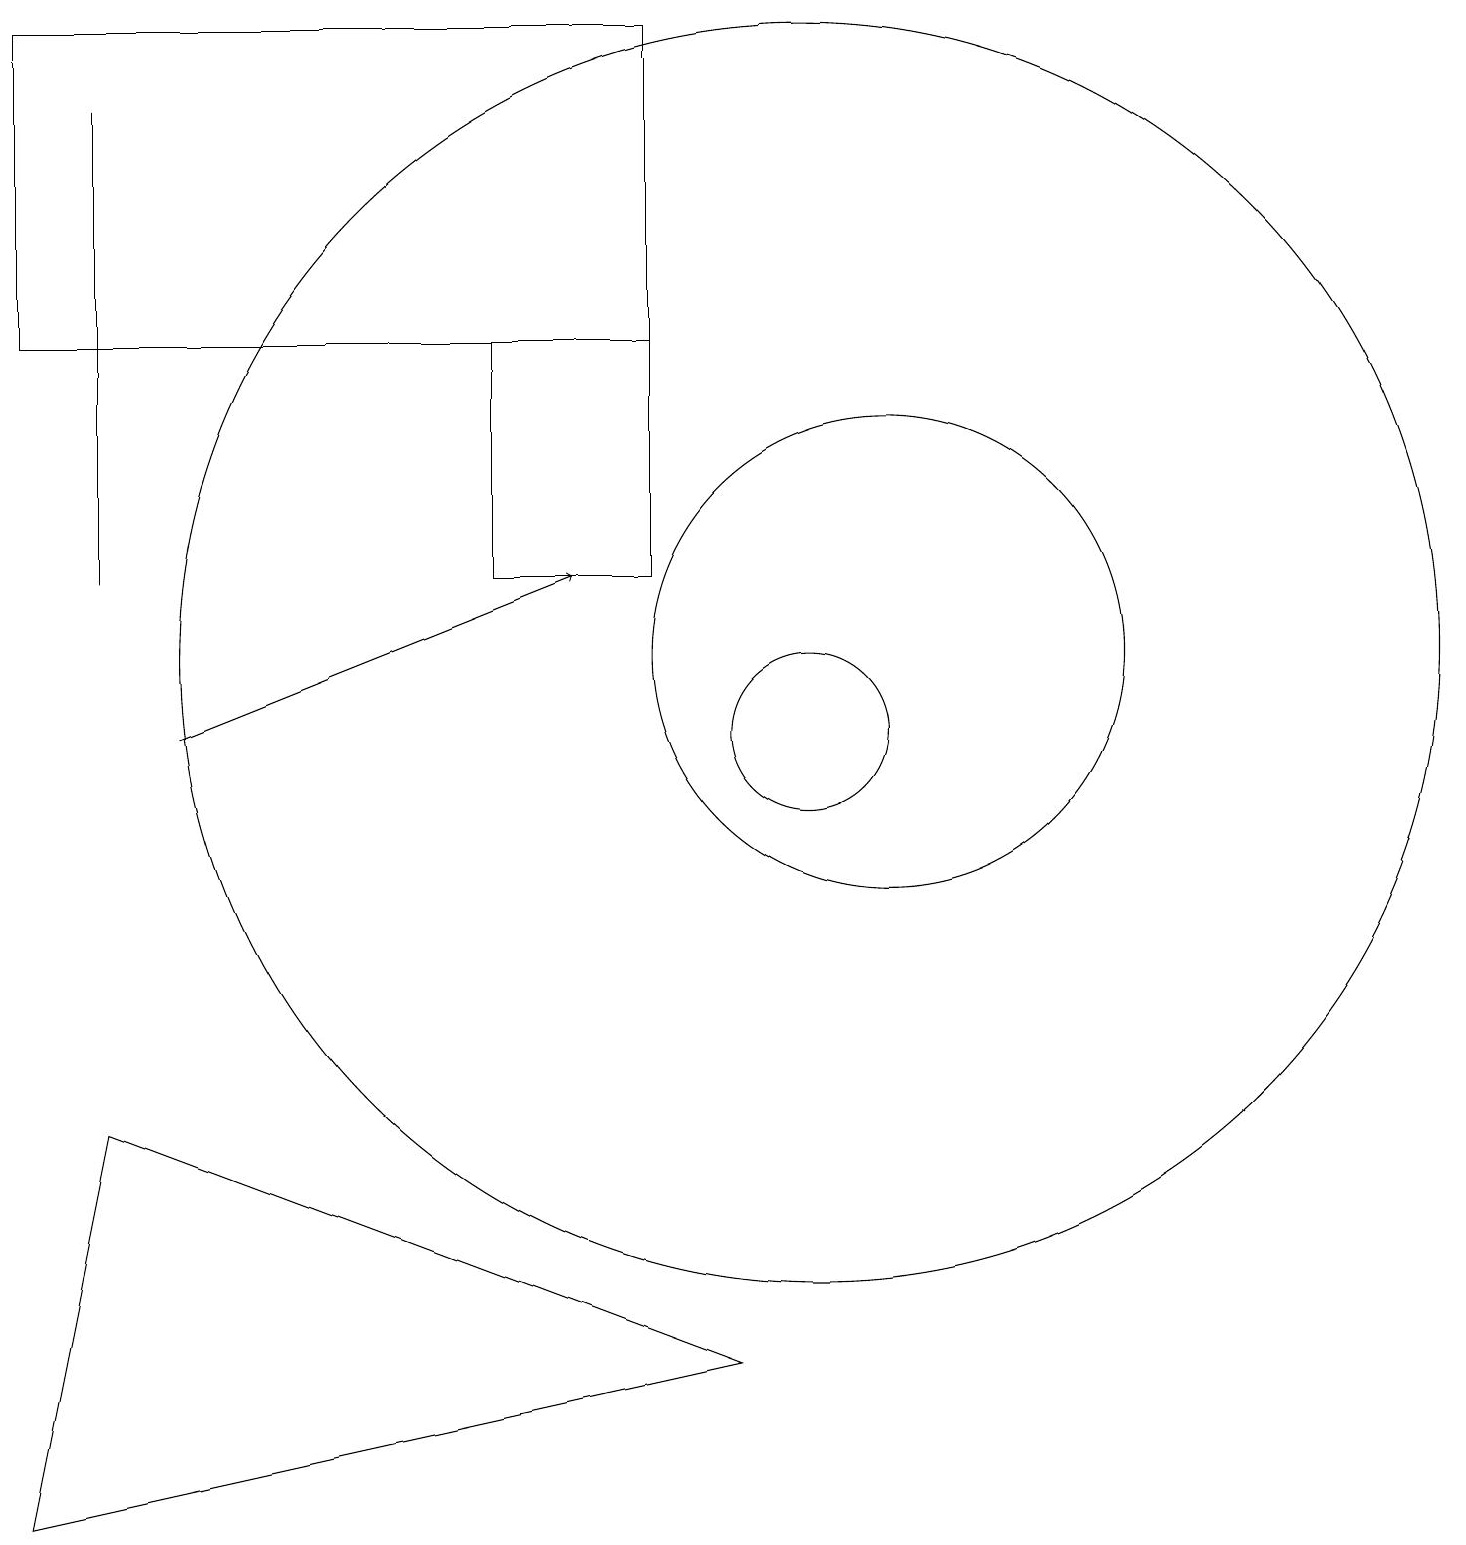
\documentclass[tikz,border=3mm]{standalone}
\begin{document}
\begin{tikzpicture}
\draw (10,11) circle (8);
\draw[->] (2,10) -- (7,12);
\draw (8,19) rectangle (0,15);
\draw (10,10) circle (1);
\draw (6,12) rectangle (8,15);
\draw (11,11) circle (3);
\draw (1,5) -- (0,0) -- (9,2) -- cycle;
\draw (1,18) rectangle (1,12);
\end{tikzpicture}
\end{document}